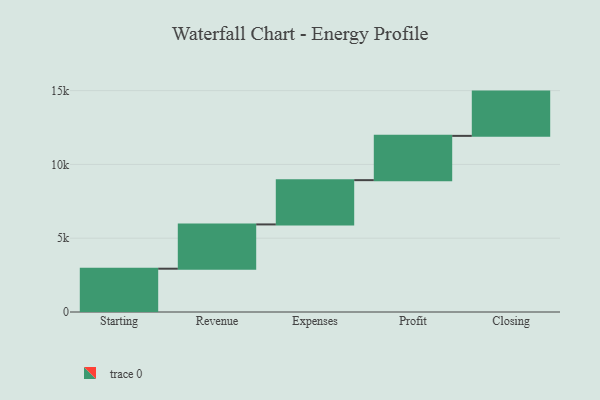
{"axis": {"x": "Step", "y": "Value"}, "legend": [""], "data": [{"x": "Starting", "y": 2934.0, "type": ""}, {"x": "Revenue", "y": 3000, "type": ""}, {"x": "Expenses", "y": 3000, "type": ""}, {"x": "Profit", "y": 3000, "type": ""}, {"x": "Closing", "y": 3000, "type": ""}]}